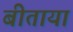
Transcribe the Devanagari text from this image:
बीताया